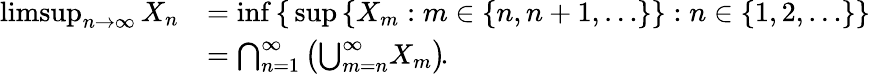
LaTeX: {\begin{array}{rl}{\operatorname*{limsup}_{n\to\infty}X_{n}}&{=\operatorname*{inf}\, \{ \, \operatorname*{sup}\, \{ X_{m}:m\in\{ n,n+1,\ldots\} \} :n\in\{ 1,2,\dots\} \} }\\ &{=\bigcap_{n=1}^{\infty}\left({\bigcup_{m=n}^{\infty}}X_{m}\right)\! .}\end{array}}